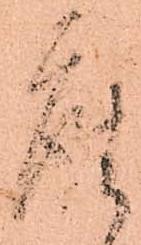
座